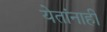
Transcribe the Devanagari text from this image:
येतांनाही